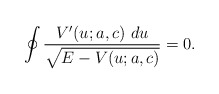
\begin{align*}\oint\frac{V'(u;a,c)~du}{\sqrt{E-V(u;a,c)}}=0.\end{align*}